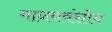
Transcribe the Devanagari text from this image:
मानववंशीय